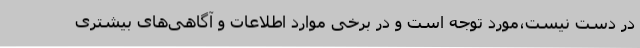
در دست نیست،مورد توجه است و در برخی موارد اطلاعات و آگاهی‌های بیشتری